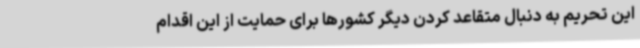
این تحریم به دنبال متقاعد کردن دیگر کشورها برای حمایت از این اقدام